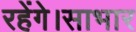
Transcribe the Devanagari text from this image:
रहेंगे।साभार